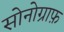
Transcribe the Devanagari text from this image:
सोनोग्राफ़